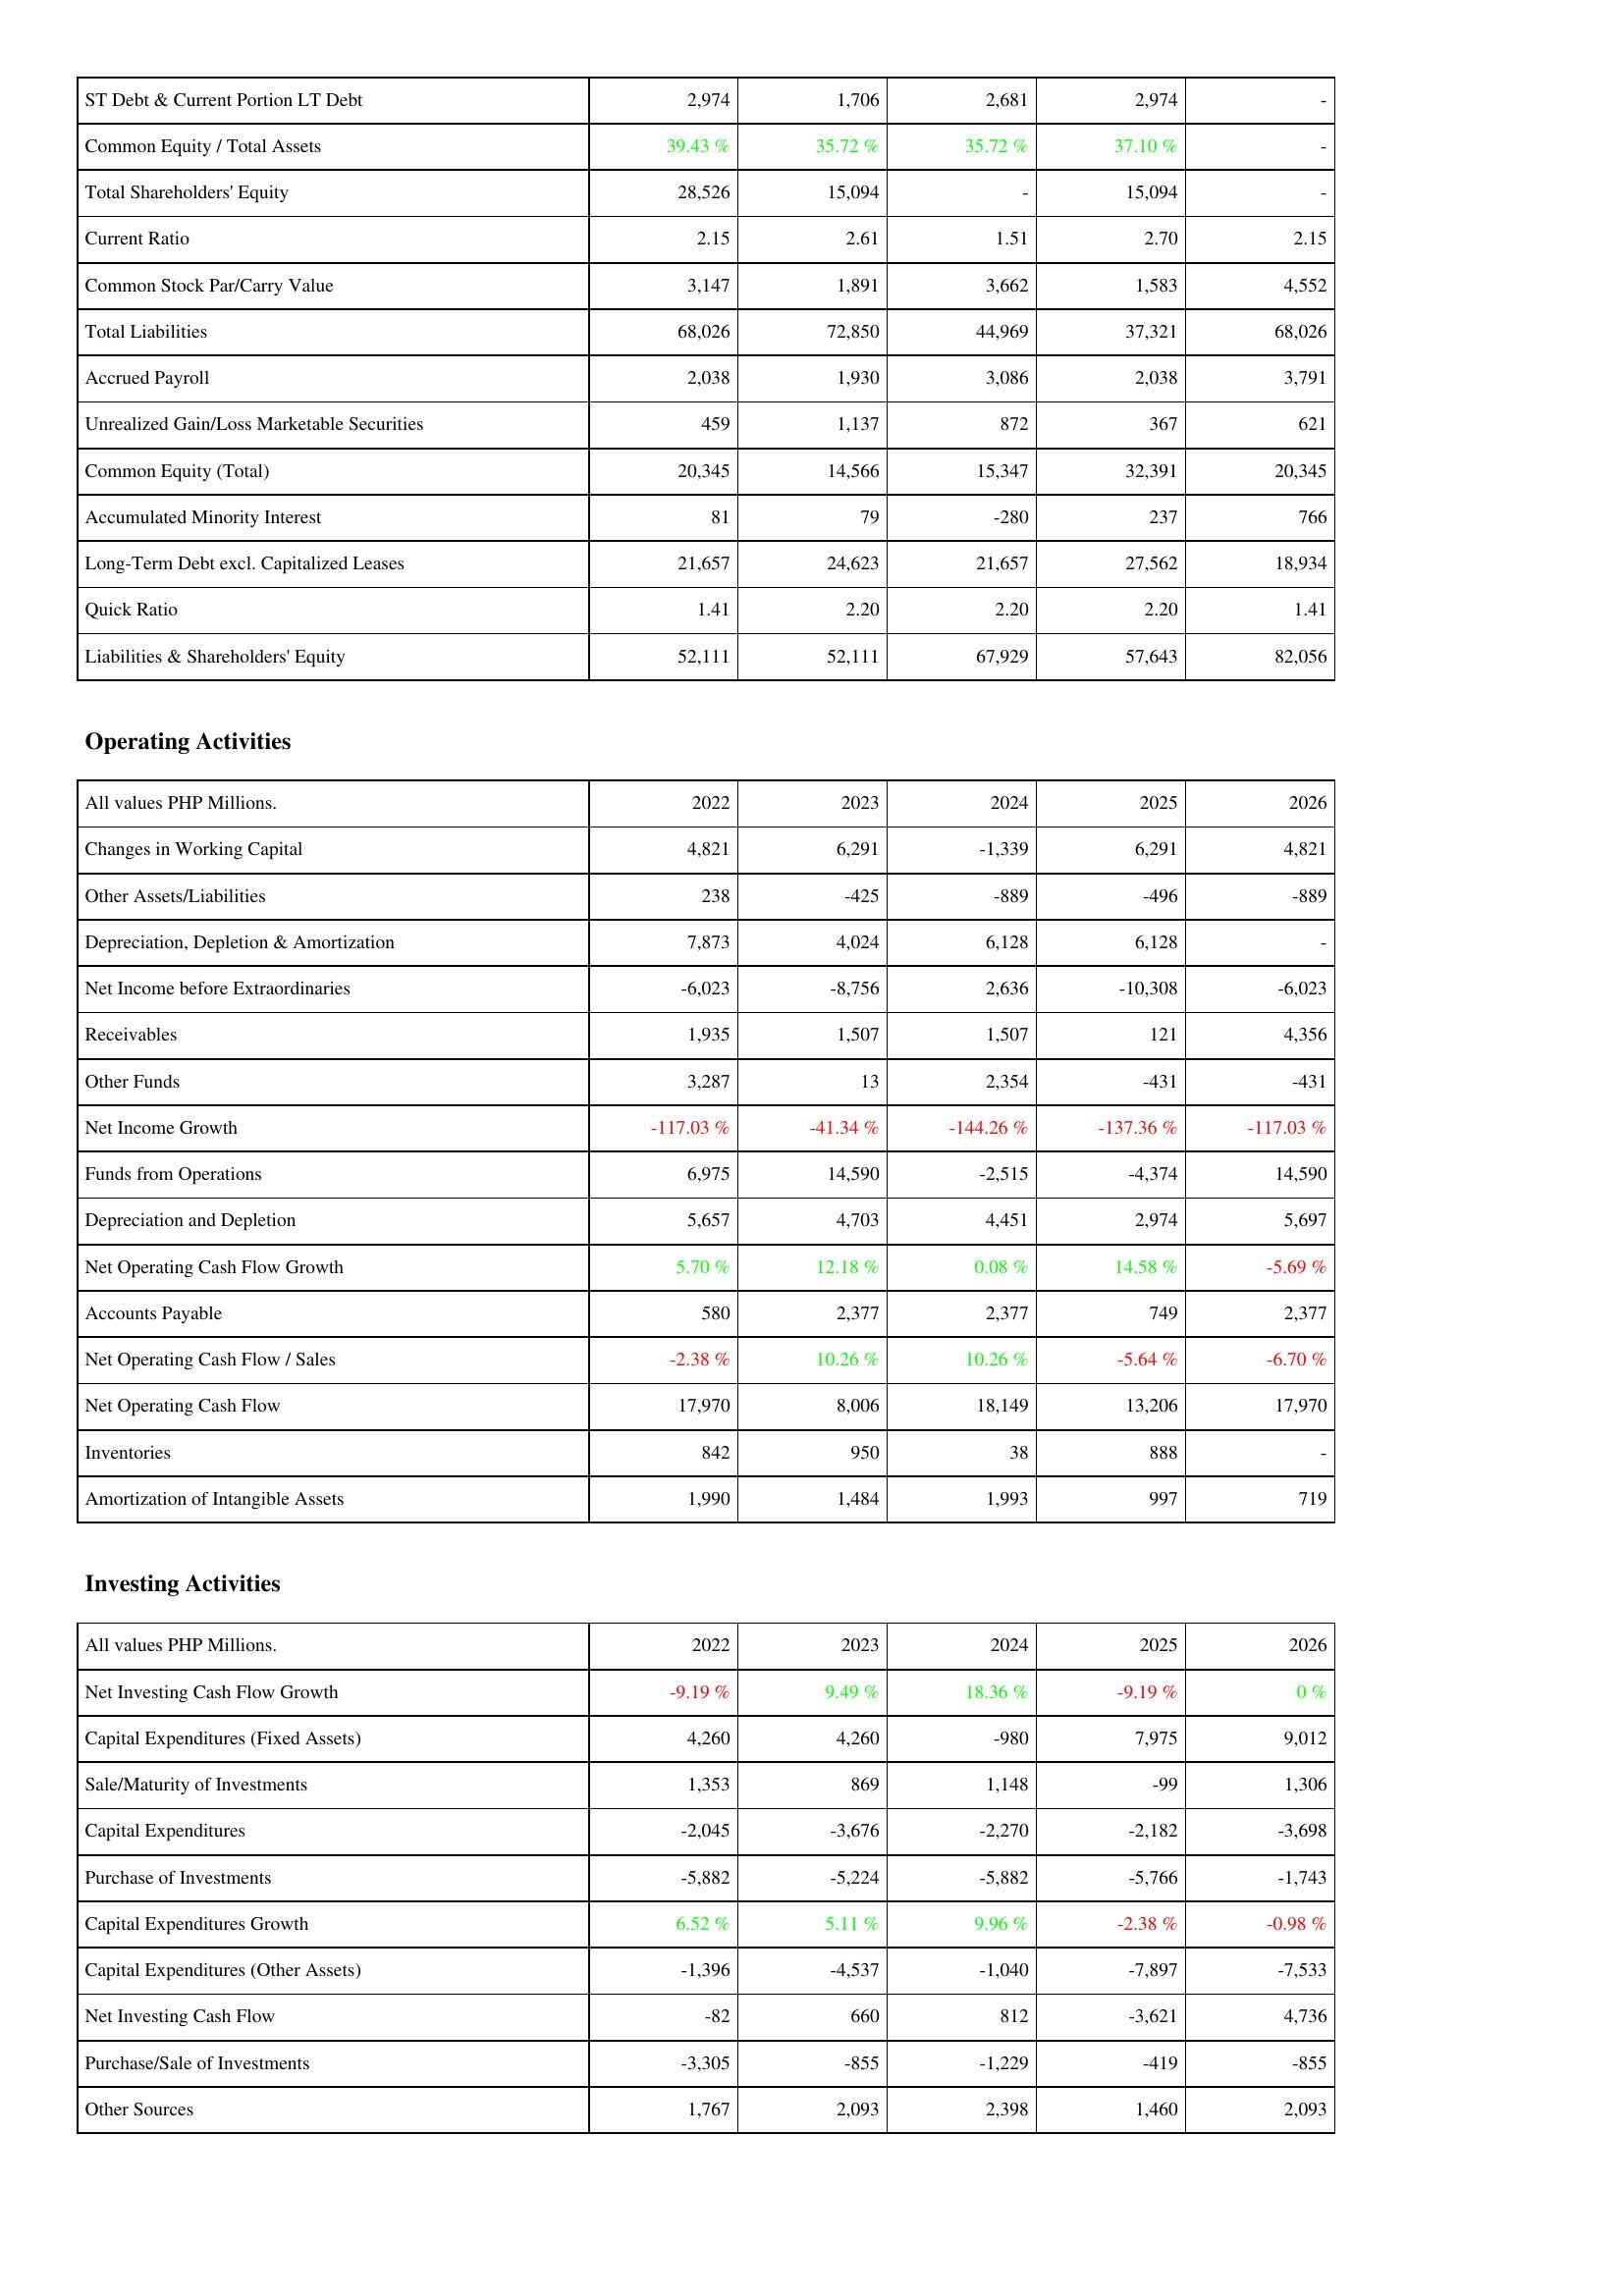
2022: Liabilities & Shareholders' Equity: ST Debt & Current Portion LT Debt: 2,974
Common Equity / Total Assets: 39.43 %
Total Shareholders' Equity: 28,526
Current Ratio: 2.15
Common Stock Par/Carry Value: 3,147
Total Liabilities: 68,026
Accrued Payroll: 2,038
Unrealized Gain/Loss Marketable Securities: 459
Common Equity (Total): 20,345
Accumulated Minority Interest: 81
Long-Term Debt excl. Capitalized Leases: 21,657
Quick Ratio: 1.41
Liabilities & Shareholders' Equity: 52,111
Operating Activities: Changes in Working Capital: 4,821
Other Assets/Liabilities: 238
Depreciation, Depletion & Amortization: 7,873
Net Income before Extraordinaries: -6,023
Receivables: 1,935
Other Funds: 3,287
Net Income Growth: -117.03 %
Funds from Operations: 6,975
Depreciation and Depletion: 5,657
Net Operating Cash Flow Growth: 5.70 %
Accounts Payable: 580
Net Operating Cash Flow / Sales: -2.38 %
Net Operating Cash Flow: 17,970
Inventories: 842
Amortization of Intangible Assets: 1,990
Investing Activities: Net Investing Cash Flow Growth: -9.19 %
Capital Expenditures (Fixed Assets): 4,260
Sale/Maturity of Investments: 1,353
Capital Expenditures: -2,045
Purchase of Investments: -5,882
Capital Expenditures Growth: 6.52 %
Capital Expenditures (Other Assets): -1,396
Net Investing Cash Flow: -82
Purchase/Sale of Investments: -3,305
Other Sources: 1,767
2023: Liabilities & Shareholders' Equity: ST Debt & Current Portion LT Debt: 1,706
Common Equity / Total Assets: 35.72 %
Total Shareholders' Equity: 15,094
Current Ratio: 2.61
Common Stock Par/Carry Value: 1,891
Total Liabilities: 72,850
Accrued Payroll: 1,930
Unrealized Gain/Loss Marketable Securities: 1,137
Common Equity (Total): 14,566
Accumulated Minority Interest: 79
Long-Term Debt excl. Capitalized Leases: 24,623
Quick Ratio: 2.20
Liabilities & Shareholders' Equity: 52,111
Operating Activities: Changes in Working Capital: 6,291
Other Assets/Liabilities: -425
Depreciation, Depletion & Amortization: 4,024
Net Income before Extraordinaries: -8,756
Receivables: 1,507
Other Funds: 13
Net Income Growth: -41.34 %
Funds from Operations: 14,590
Depreciation and Depletion: 4,703
Net Operating Cash Flow Growth: 12.18 %
Accounts Payable: 2,377
Net Operating Cash Flow / Sales: 10.26 %
Net Operating Cash Flow: 8,006
Inventories: 950
Amortization of Intangible Assets: 1,484
Investing Activities: Net Investing Cash Flow Growth: 9.49 %
Capital Expenditures (Fixed Assets): 4,260
Sale/Maturity of Investments: 869
Capital Expenditures: -3,676
Purchase of Investments: -5,224
Capital Expenditures Growth: 5.11 %
Capital Expenditures (Other Assets): -4,537
Net Investing Cash Flow: 660
Purchase/Sale of Investments: -855
Other Sources: 2,093
2024: Liabilities & Shareholders' Equity: ST Debt & Current Portion LT Debt: 2,681
Common Equity / Total Assets: 35.72 %
Total Shareholders' Equity: -
Current Ratio: 1.51
Common Stock Par/Carry Value: 3,662
Total Liabilities: 44,969
Accrued Payroll: 3,086
Unrealized Gain/Loss Marketable Securities: 872
Common Equity (Total): 15,347
Accumulated Minority Interest: -280
Long-Term Debt excl. Capitalized Leases: 21,657
Quick Ratio: 2.20
Liabilities & Shareholders' Equity: 67,929
Operating Activities: Changes in Working Capital: -1,339
Other Assets/Liabilities: -889
Depreciation, Depletion & Amortization: 6,128
Net Income before Extraordinaries: 2,636
Receivables: 1,507
Other Funds: 2,354
Net Income Growth: -144.26 %
Funds from Operations: -2,515
Depreciation and Depletion: 4,451
Net Operating Cash Flow Growth: 0.08 %
Accounts Payable: 2,377
Net Operating Cash Flow / Sales: 10.26 %
Net Operating Cash Flow: 18,149
Inventories: 38
Amortization of Intangible Assets: 1,993
Investing Activities: Net Investing Cash Flow Growth: 18.36 %
Capital Expenditures (Fixed Assets): -980
Sale/Maturity of Investments: 1,148
Capital Expenditures: -2,270
Purchase of Investments: -5,882
Capital Expenditures Growth: 9.96 %
Capital Expenditures (Other Assets): -1,040
Net Investing Cash Flow: 812
Purchase/Sale of Investments: -1,229
Other Sources: 2,398
2025: Liabilities & Shareholders' Equity: ST Debt & Current Portion LT Debt: 2,974
Common Equity / Total Assets: 37.10 %
Total Shareholders' Equity: 15,094
Current Ratio: 2.70
Common Stock Par/Carry Value: 1,583
Total Liabilities: 37,321
Accrued Payroll: 2,038
Unrealized Gain/Loss Marketable Securities: 367
Common Equity (Total): 32,391
Accumulated Minority Interest: 237
Long-Term Debt excl. Capitalized Leases: 27,562
Quick Ratio: 2.20
Liabilities & Shareholders' Equity: 57,643
Operating Activities: Changes in Working Capital: 6,291
Other Assets/Liabilities: -496
Depreciation, Depletion & Amortization: 6,128
Net Income before Extraordinaries: -10,308
Receivables: 121
Other Funds: -431
Net Income Growth: -137.36 %
Funds from Operations: -4,374
Depreciation and Depletion: 2,974
Net Operating Cash Flow Growth: 14.58 %
Accounts Payable: 749
Net Operating Cash Flow / Sales: -5.64 %
Net Operating Cash Flow: 13,206
Inventories: 888
Amortization of Intangible Assets: 997
Investing Activities: Net Investing Cash Flow Growth: -9.19 %
Capital Expenditures (Fixed Assets): 7,975
Sale/Maturity of Investments: -99
Capital Expenditures: -2,182
Purchase of Investments: -5,766
Capital Expenditures Growth: -2.38 %
Capital Expenditures (Other Assets): -7,897
Net Investing Cash Flow: -3,621
Purchase/Sale of Investments: -419
Other Sources: 1,460
2026: Liabilities & Shareholders' Equity: ST Debt & Current Portion LT Debt: -
Common Equity / Total Assets: -
Total Shareholders' Equity: -
Current Ratio: 2.15
Common Stock Par/Carry Value: 4,552
Total Liabilities: 68,026
Accrued Payroll: 3,791
Unrealized Gain/Loss Marketable Securities: 621
Common Equity (Total): 20,345
Accumulated Minority Interest: 766
Long-Term Debt excl. Capitalized Leases: 18,934
Quick Ratio: 1.41
Liabilities & Shareholders' Equity: 82,056
Operating Activities: Changes in Working Capital: 4,821
Other Assets/Liabilities: -889
Depreciation, Depletion & Amortization: -
Net Income before Extraordinaries: -6,023
Receivables: 4,356
Other Funds: -431
Net Income Growth: -117.03 %
Funds from Operations: 14,590
Depreciation and Depletion: 5,697
Net Operating Cash Flow Growth: -5.69 %
Accounts Payable: 2,377
Net Operating Cash Flow / Sales: -6.70 %
Net Operating Cash Flow: 17,970
Inventories: -
Amortization of Intangible Assets: 719
Investing Activities: Net Investing Cash Flow Growth: 0 %
Capital Expenditures (Fixed Assets): 9,012
Sale/Maturity of Investments: 1,306
Capital Expenditures: -3,698
Purchase of Investments: -1,743
Capital Expenditures Growth: -0.98 %
Capital Expenditures (Other Assets): -7,533
Net Investing Cash Flow: 4,736
Purchase/Sale of Investments: -855
Other Sources: 2,093